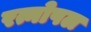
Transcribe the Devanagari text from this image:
रत्नोपल